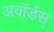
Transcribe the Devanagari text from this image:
अवॉर्डस्